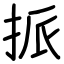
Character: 挀